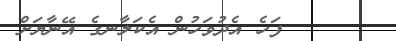
٢٥      ފަހެ އެދުވަހުން އެކަލާނގެ އޭނާޔަށް